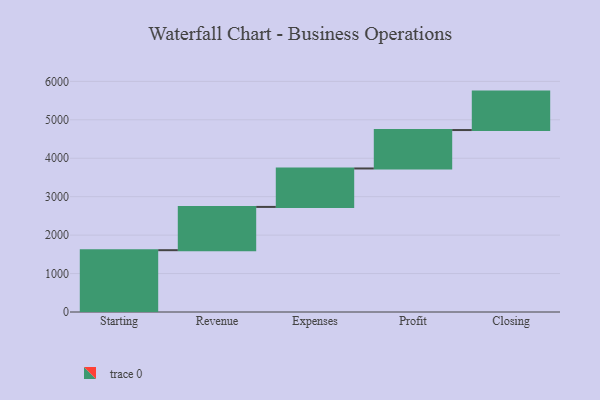
{"axis": {"x": "Step", "y": "Value"}, "legend": [""], "data": [{"x": "Starting", "y": 1608.0, "type": ""}, {"x": "Revenue", "y": 1126.0, "type": ""}, {"x": "Expenses", "y": 1000, "type": ""}, {"x": "Profit", "y": 1000, "type": ""}, {"x": "Closing", "y": 1000, "type": ""}]}